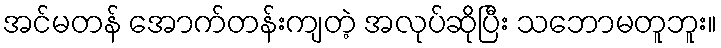
အင်မတန် အောက်တန်းကျတဲ့ အလုပ်ဆိုပြီး သဘောမတူဘူး။